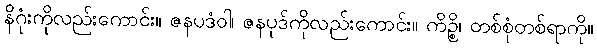
နိဂုံးကိုလည်းကောင်း။ ဇနပဒံဝါ၊ ဇနပုဒ်ကိုလည်းကောင်း။ ကိဉ္စိ၊ တစ်စုံတစ်ရာကို။